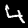
Label: 4